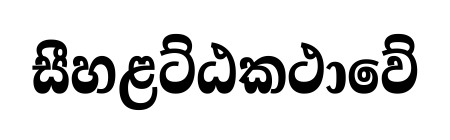
සීහළට්ඨකථාවේ